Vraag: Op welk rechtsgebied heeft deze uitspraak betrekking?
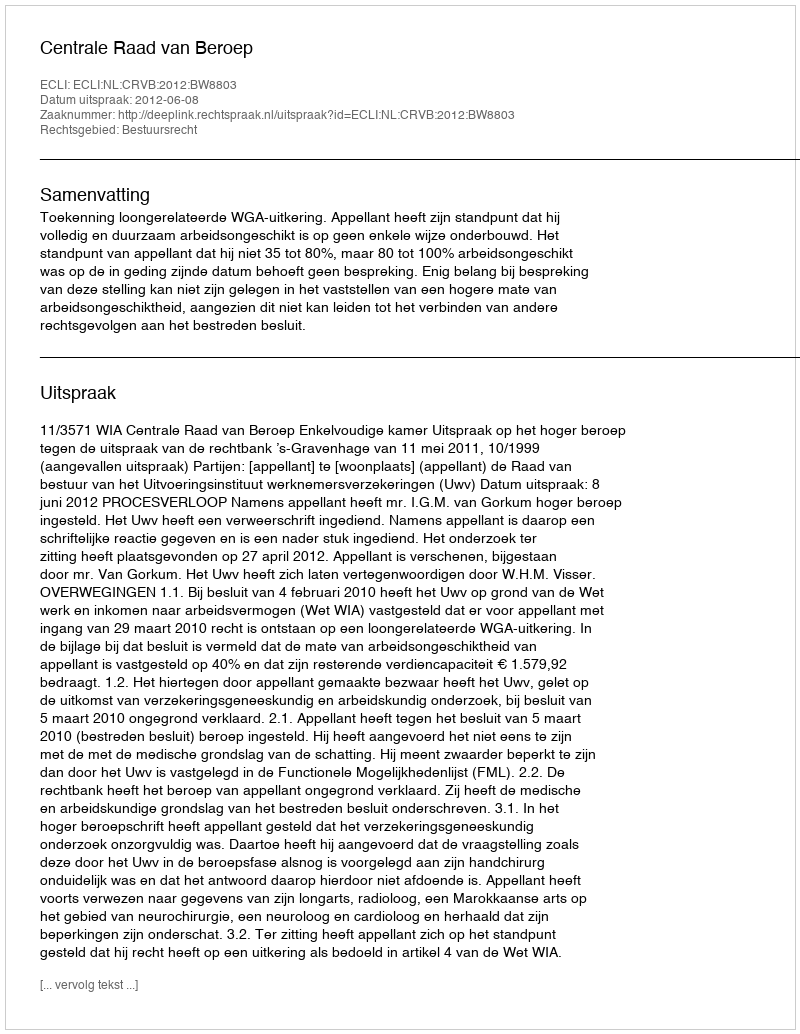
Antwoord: Bestuursrecht